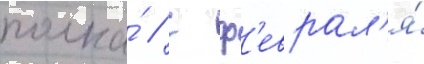
полка́ / с ф'еврал'я́